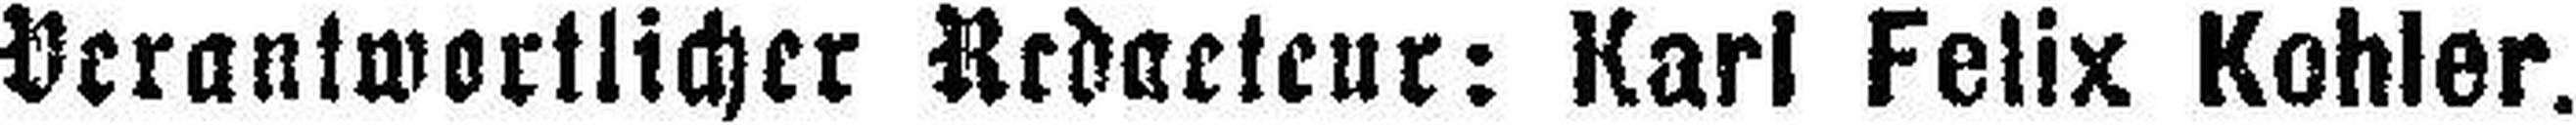
Verantwortlicher Redacteur: Karl Felix Kohler.